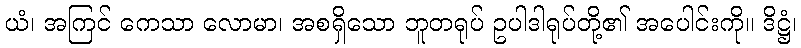
ယံ၊ အကြင် ကေသာ လောမာ၊ အစရှိသော ဘူတရုပ် ဥပါဒါရုပ်တို့၏ အပေါင်းကို။ ဒိဋ္ဌံ၊